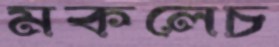
মকলেচ